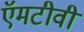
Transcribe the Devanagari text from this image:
ऍमटीवी